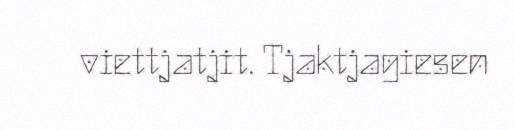
viettjatjit. Tjaktjagiesen